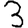
Digit: 3